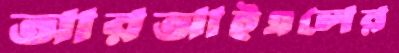
আরআইএলের